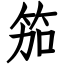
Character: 笳